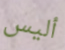
أليس